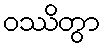
ဝဿိတွာ